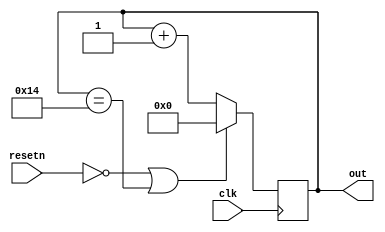
module Pc (
  // Inputs and output ports
  input wire clk,
  input wire resetn,
  output reg [4:0] out
);

// Declaracin de seales [reg, wire]

// Descripcin del comportamiento
  always @(posedge clk) begin
    out <= (!resetn || out==20) ? 0 : (out+1);
  end

endmodule